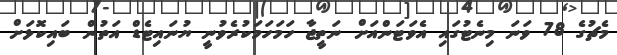
މެޗުގެ 78 ވަނަ މިނެޓުގައި އެވަޓަންއަށް ނަތީޖާ ހަމަހަމަކުރެވުނީ ޔުނައިޓެޑް އަތުން ބައިކޮޅަށް